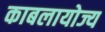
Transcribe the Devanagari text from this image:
काबलायोज्य